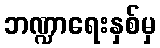
ဘဏ္ဍာရေးနှစ်မှ